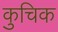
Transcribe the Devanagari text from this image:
कुचिक